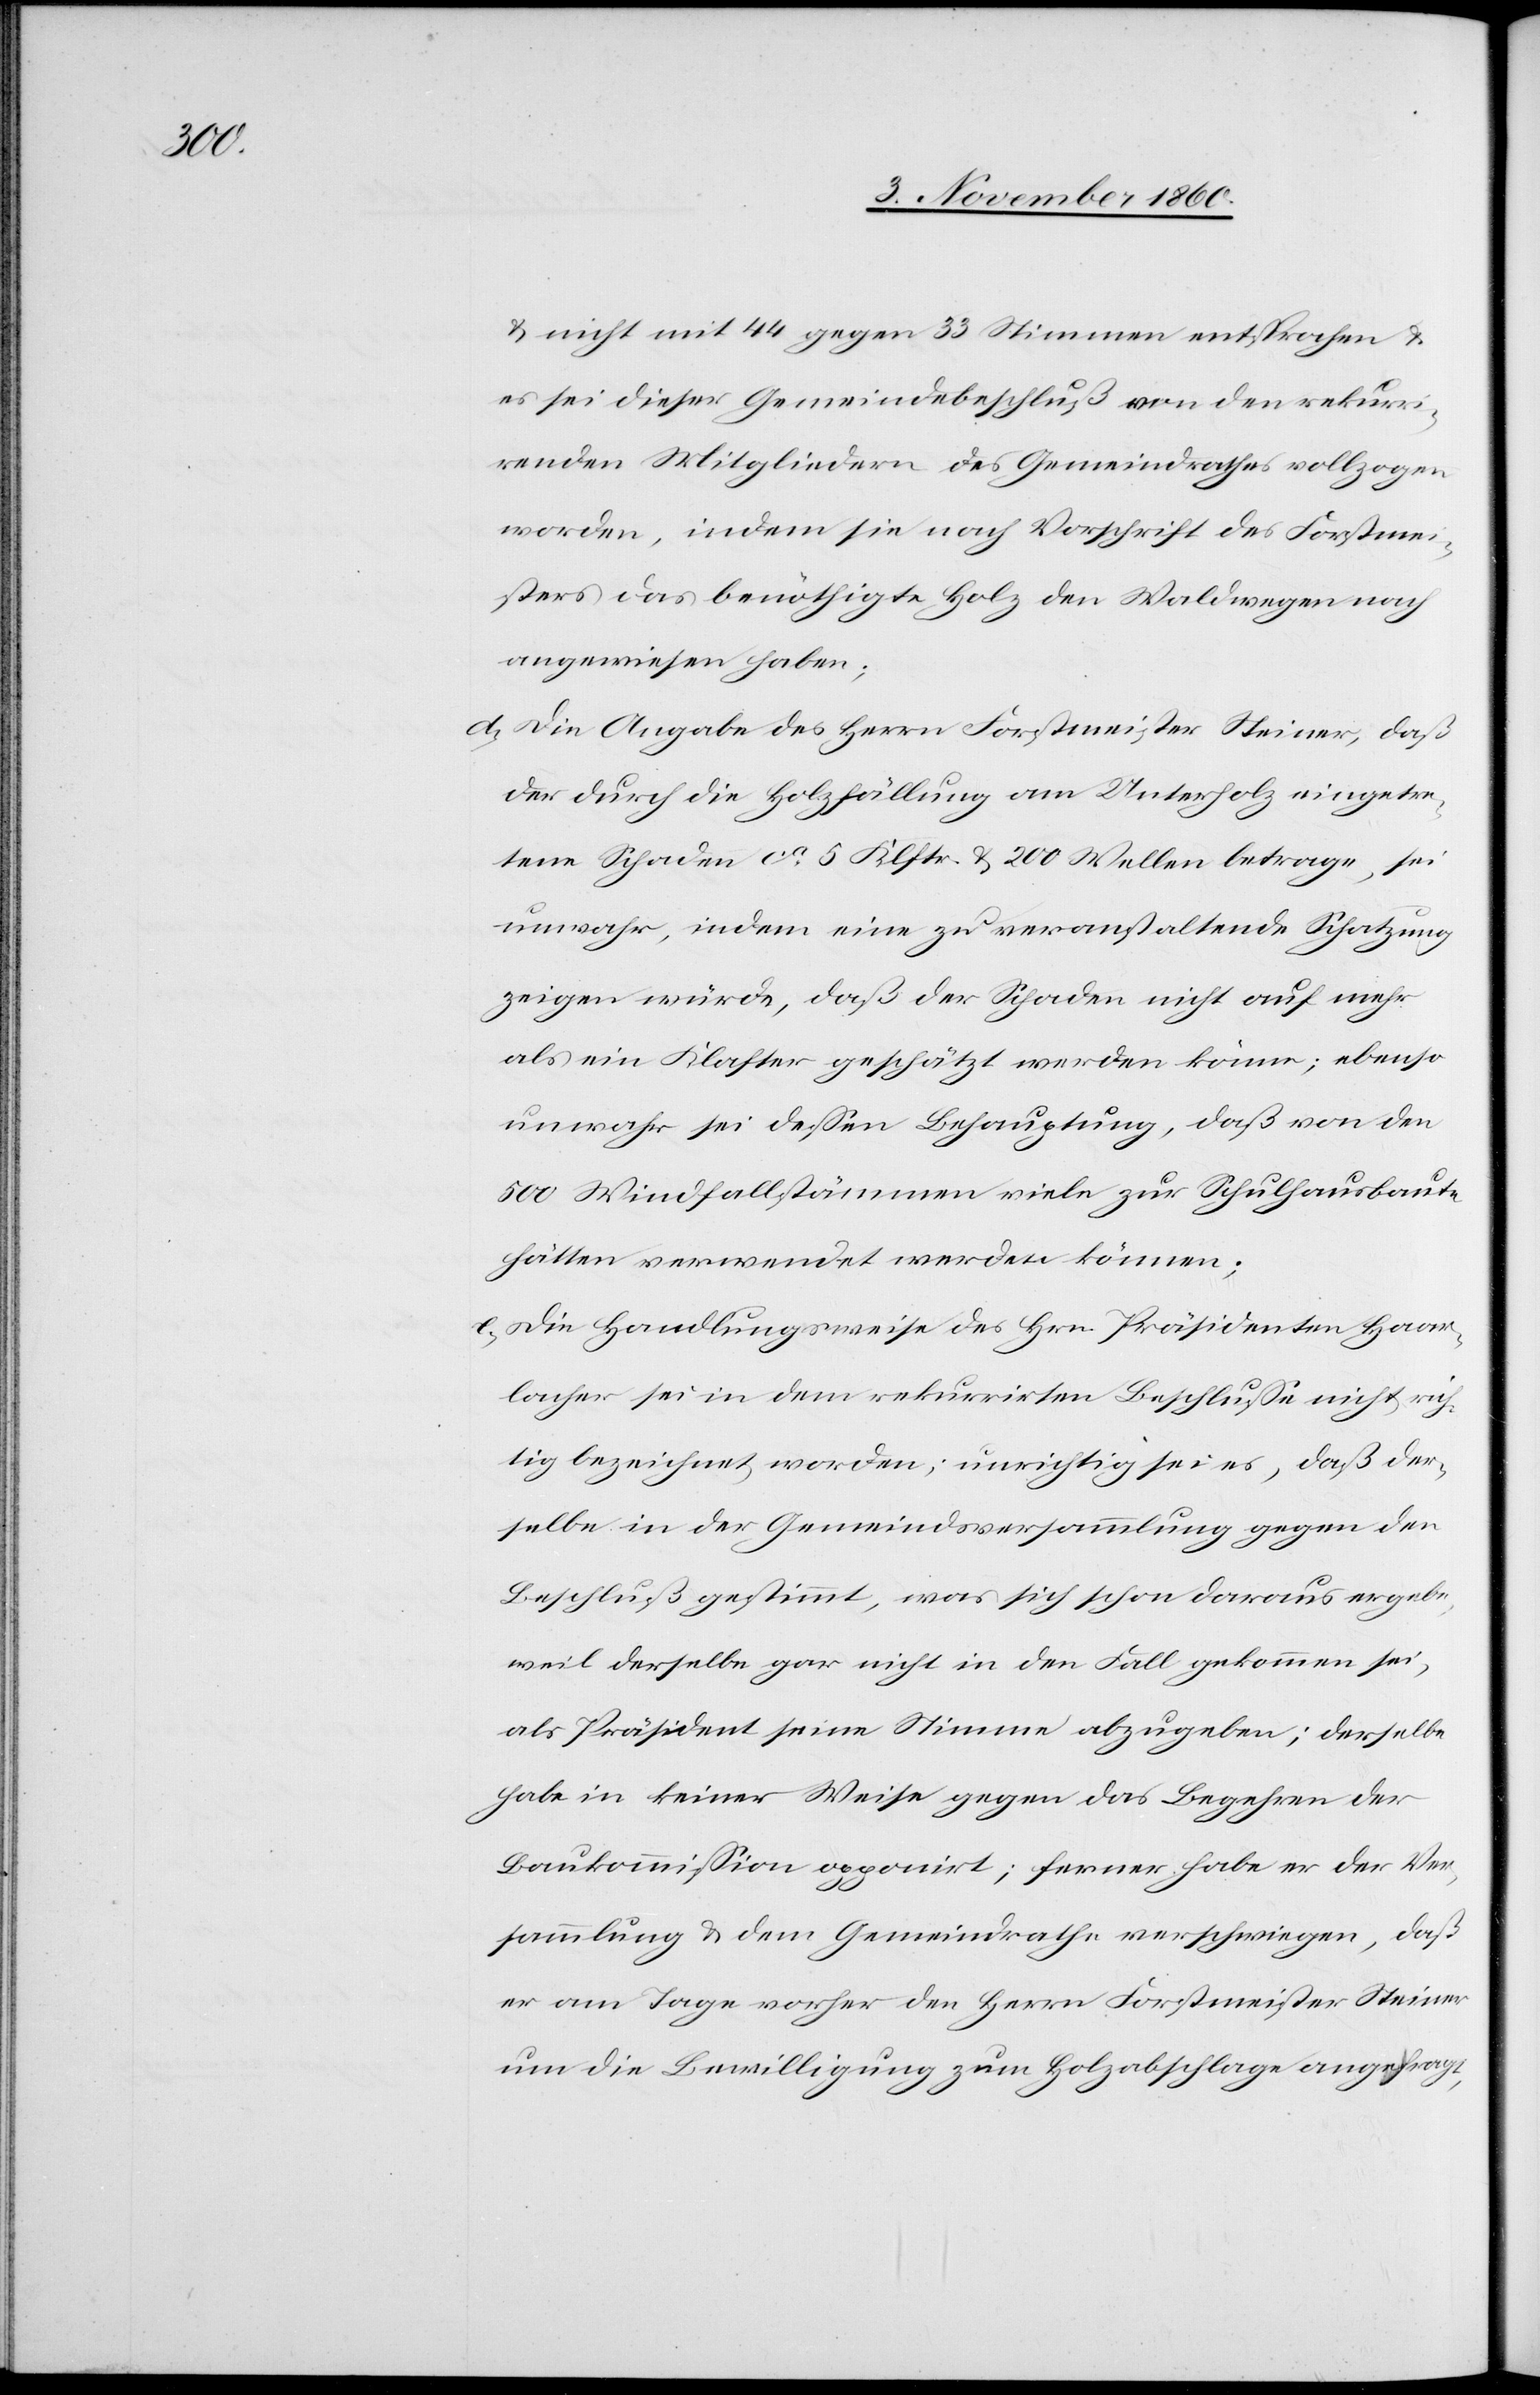
u. nicht mit 44 gegen 33 Stimmen entsprochen u.
es sei dieser Gemeindebeschluß von den rekurri¬
renden Mitgliedern des Gemeindrathes vollzogen
worden, indem sie nach Vorschrift des Forstme¬
isters das benöthigte Holz den Waldwegen nach
angewiesen haben;
d) Die Angabe des Herrn Forstmeister Steiner, daß
der durch die Holzfällung am Unterholz eingetre¬
tene Schaden ca 4 Klftr. u. 200 Wellen betrage, sei
unwahr, indem eine zu veranstaltende Schatzung
zeigen würde, daß der Schaden nicht auf mehr
als ein Klafter geschätzt werden könne; ebenso
unwahr sei dessen Behauptung, daß von den
500 Windfallstämmen viele zur Schulhausbaute
hätten verwendet werden können.
e) Die Handlungsweise des Hrn. Präsidenten Haar¬
lacher sei in dem rekurrirten Beschlusse nicht rich¬
tig bezeichnet worden; unrichtig sei es, daß der¬
selbe in der Gemeindsversammlung gegen den
Beschluß gestimmt, was sich schon daraus ergebe,
weil derselbe gar nicht in den Fall gekommen sei,
als Präsident seine Stimme abzugeben; derselbe
habe in keiner Weise gegen das Begehren der
Baukommission opponirt; ferner habe er der Ver¬
sammlung u. dem Gemeindrathe verschwiegen, daß
er am Tage vorher den Herrn Forstmeister Steiner
um die Bewilligung zum Holzabschlagen angefragt,